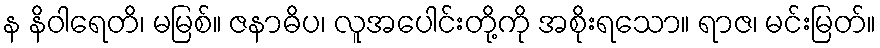
န နိဝါရေတိ၊ မမြစ်။ ဇနာဓိပ၊ လူအပေါင်းတို့ကို အစိုးရသော။ ရာဇ၊ မင်းမြတ်။